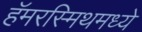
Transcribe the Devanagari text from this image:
हॅमरस्मिथमध्ये